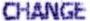
CHANGE